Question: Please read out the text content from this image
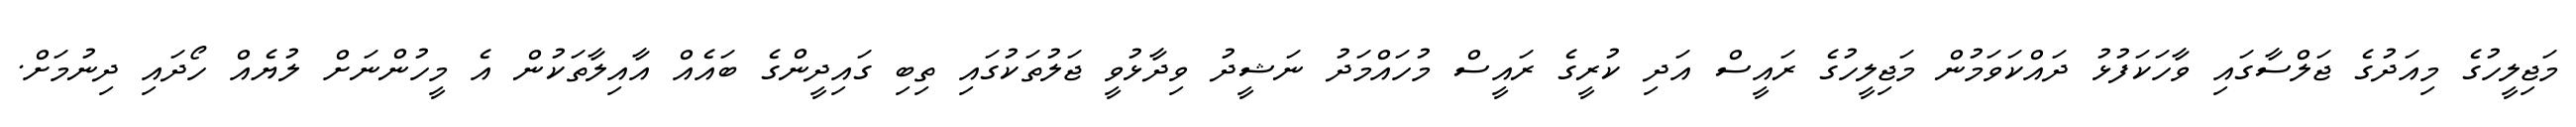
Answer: މަޖިލީހުގެ މިއަދުގެ ޖަލްސާގައި ވާހަކަފުޅު ދައްކަވަމުން މަޖިލީހުގެ ރައީސް އަދި ކުރީގެ ރައީސް މުހައްމަދު ނަޝީދު ވިދާޅުވީ ޖަލުތަކުގައި ތިބި ގައިދީންގެ ބައެއް އާއިލާތަކުން އެ މީހުންނަށް ލުޔެއް ހޯދައި ދިނުމަށް.